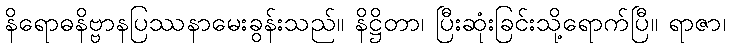
နိရောဓနိဗ္ဗာနပြဿနာမေးခွန်းသည်။ နိဋ္ဌိတာ၊ ပြီးဆုံးခြင်းသို့ရောက်ပြီ။ ရာဇာ၊